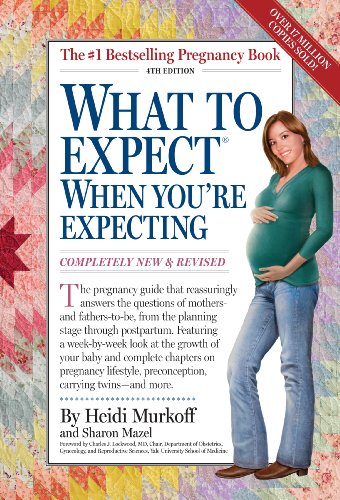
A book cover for What to Expect When You're Expecting, 4th Edition; Heidi Murkoff; Parenting & Relationships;